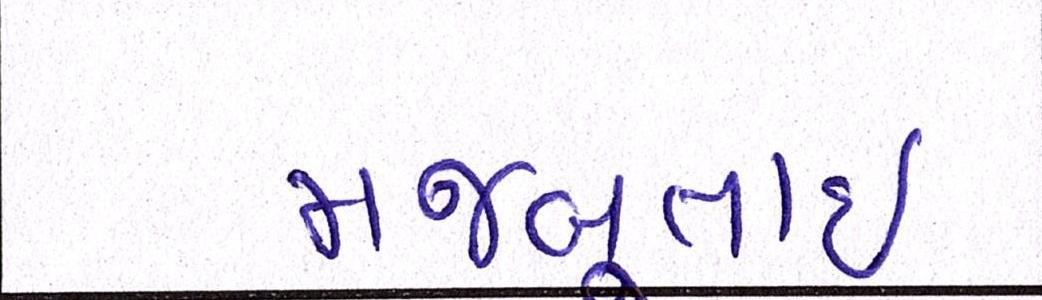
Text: મજબૂતાઈ